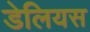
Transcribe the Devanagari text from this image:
डेलियस